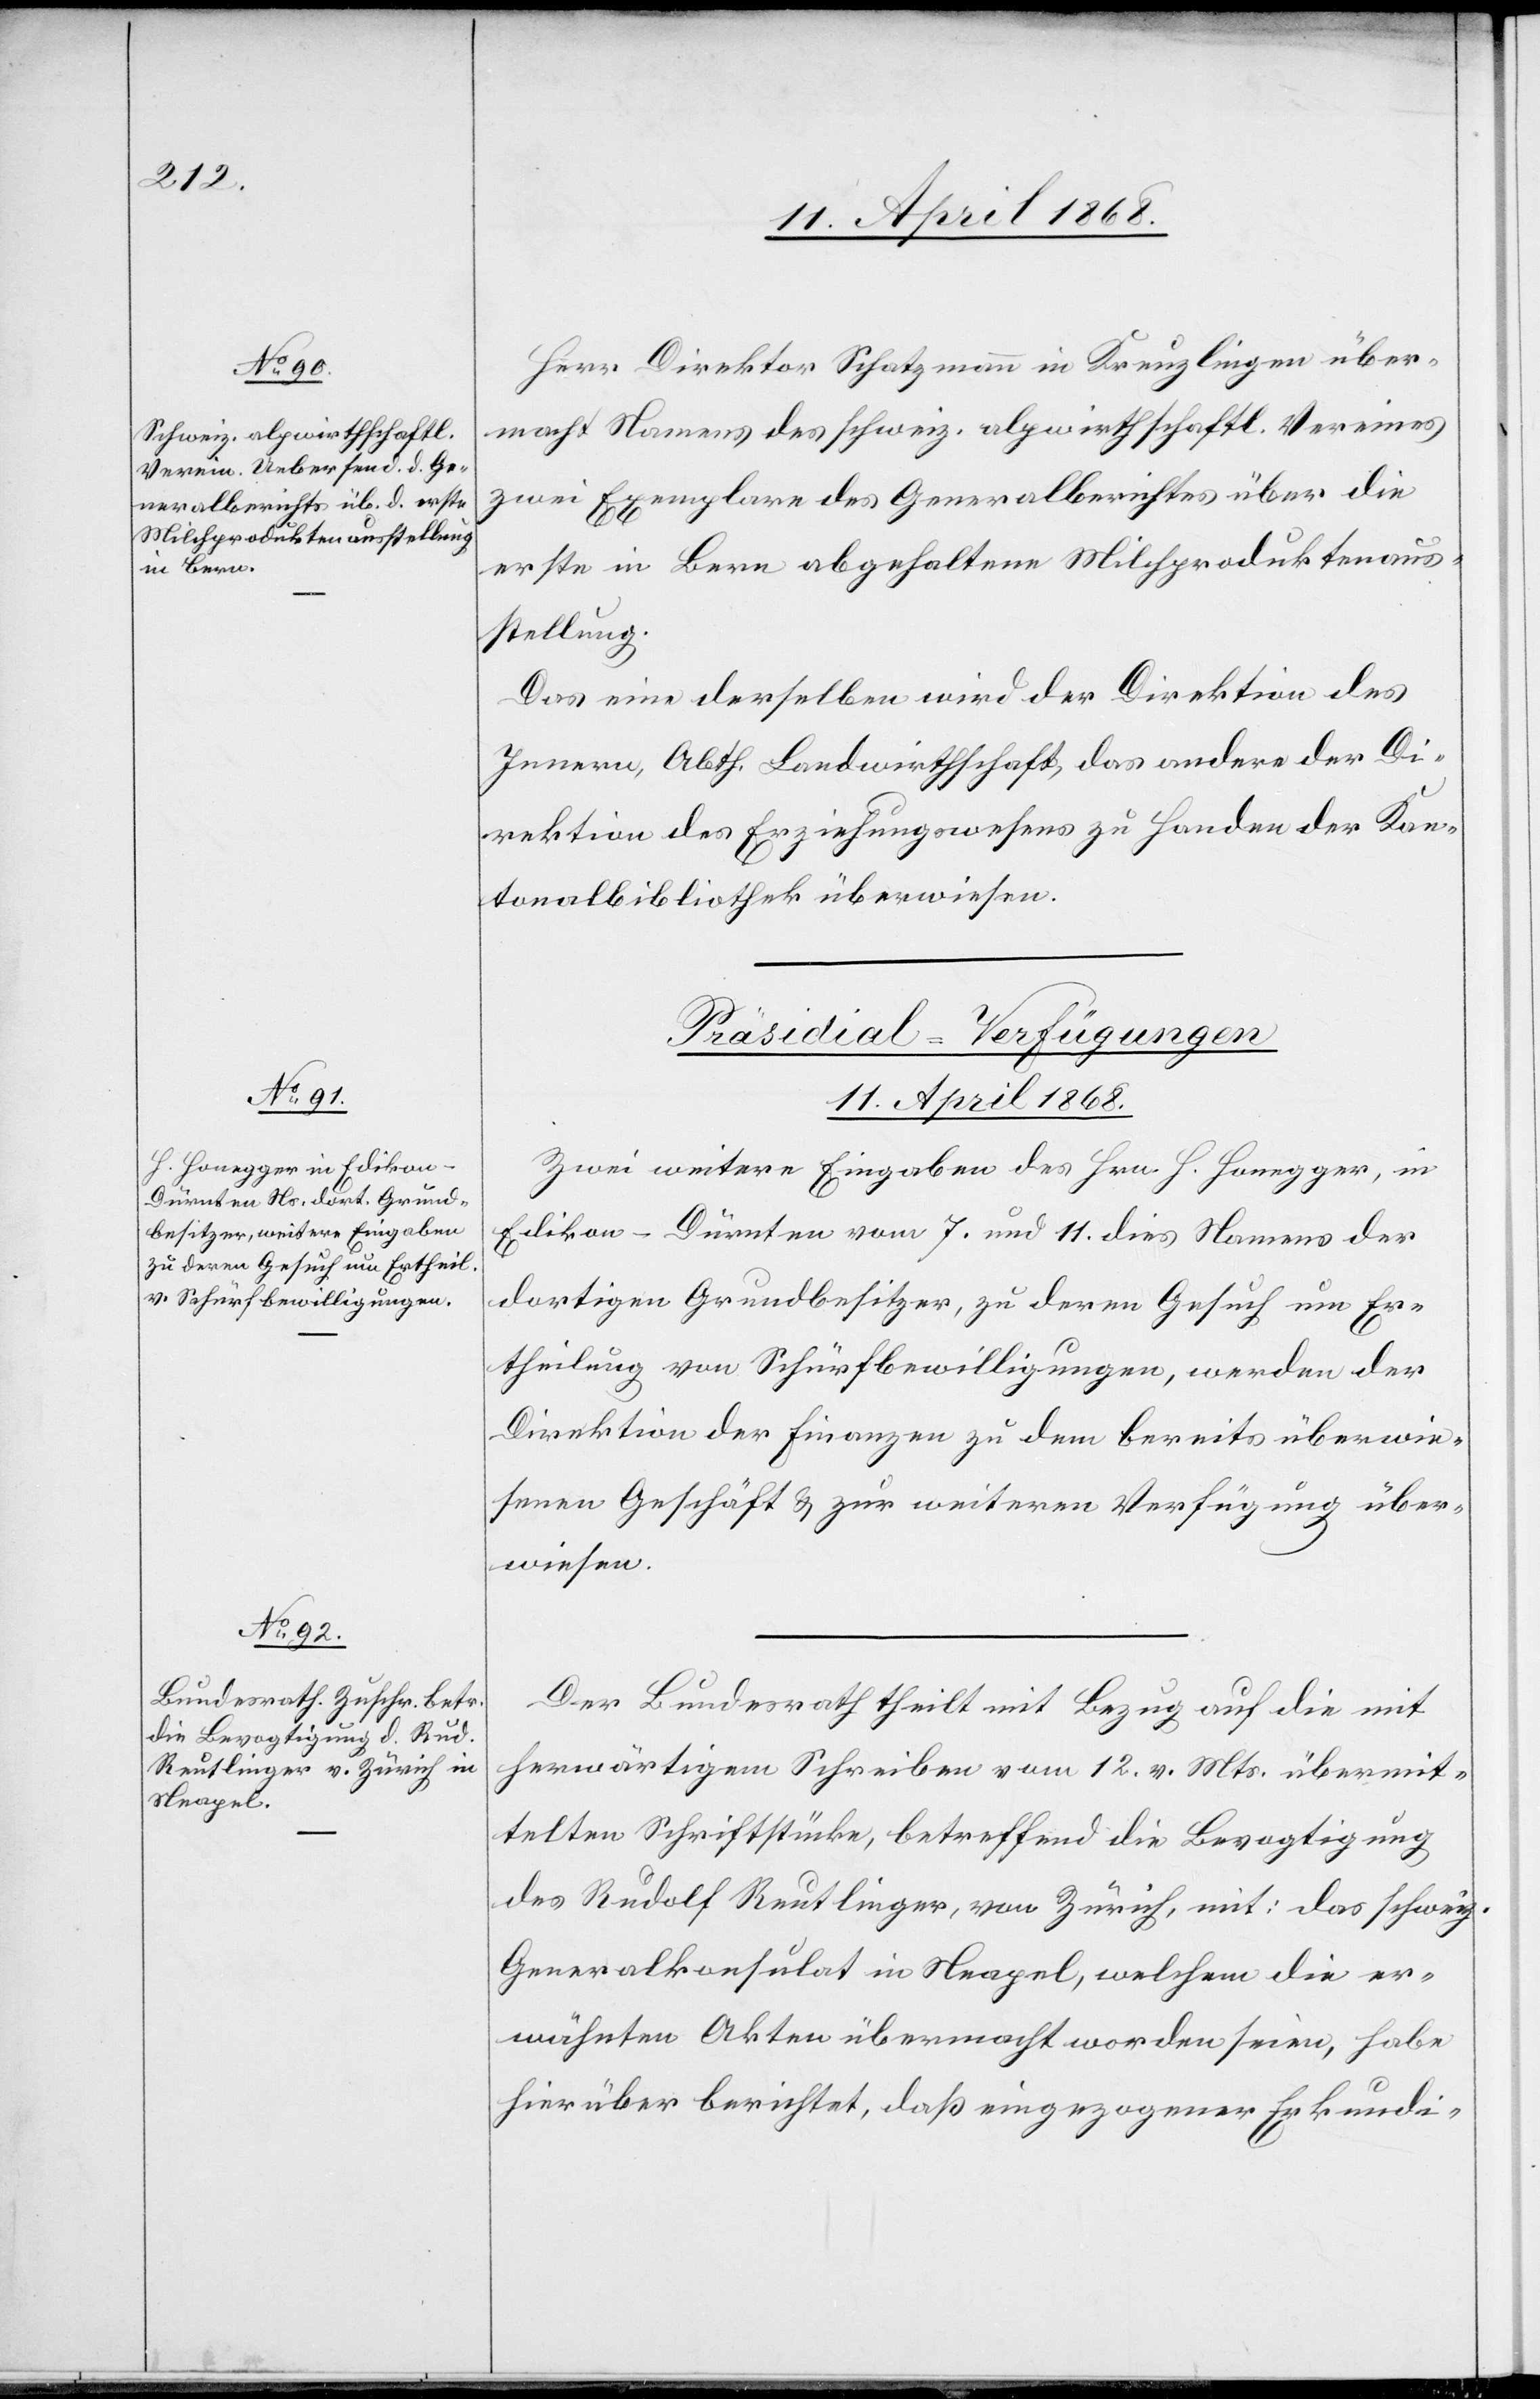
Herr Direktor Schatzmann in Kreuzlingen über¬
macht Namens des schweiz. alpwirthschaftl. Vereines
zwei Exemplare des Generalberichtes über die
erste in Bern abgehaltene Milchproduktenaus¬
stellung.
Das eine derselben wird der Direktion des
Innern, Abth. Landwirthschaft, das andere der Di¬
rektion des Erziehungswesens zu Handen der Kan¬
tonalbibliothek überwiesen.
[Präsidial-Verfügungen
11. April 1868.]
Zwei weitere Eingaben des Hrn. H. Honegger, in
Edikon-Dürnten vom 7. und 11. dies Namens der
dortigen Grundbesitzer, zu deren Gesuch um Er¬
theilung von Schürfbewilligungen, werden der
Direktion der Finanzen zu dem bereits überwie¬
senen Geschäft & zur weiteren Verfügung über¬
wiesen.
Der Bundesrath theilt mit Bezug auf die mit
herwärtigem Schreiben vom 12. v. Mts. übermit¬
telten Schriftstücke, betreffend die Bevogtigung
des Rudolf Reutlinger, von Zürich, mit: das schweiz.
Generalkonsulat in Neapel, welchem die er¬
wähnten Akten übermacht worden seien, habe
hierüber berichtet, daß eingezogener Erkundi-